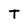
Character: T